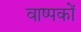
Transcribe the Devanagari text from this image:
वाष्पकों